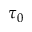
\tau _ { 0 }